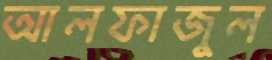
আলফাজুল